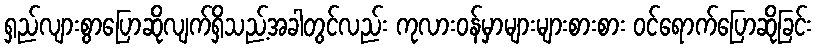
ရှည်လျားစွာပြောဆိုလျက်ရှိသည့်အခါတွင်လည်း ကုလားဝန်မှာများများစားစား ဝင်ရောက်ပြောဆိုခြင်း